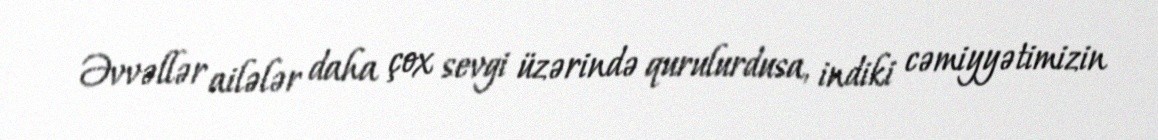
Əvvəllər ailələr daha çox sevgi üzərində qurulurdusa, indiki cəmiyyətimizin